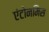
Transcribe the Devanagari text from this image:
एंटोनमिस